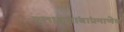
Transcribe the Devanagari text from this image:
गुलाबजांबांप्रमाणेच